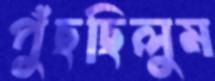
পুঁছছিলুম